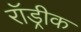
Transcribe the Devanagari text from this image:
रॉड्रीक